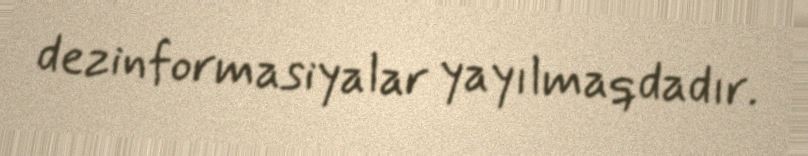
dezinformasiyalar yayılmaqdadır.